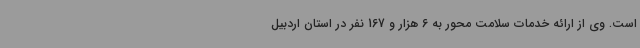
است. وی از ارائه خدمات سلامت محور به 6 هزار و 167 نفر در استان اردبیل